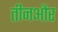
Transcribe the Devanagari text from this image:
तीनऔर